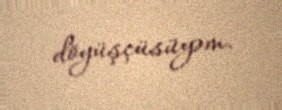
döyüşçüsüyəm.